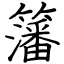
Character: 籓